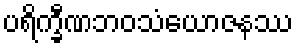
ပရိက္ခီဏဘဝသံယောဇနဿ